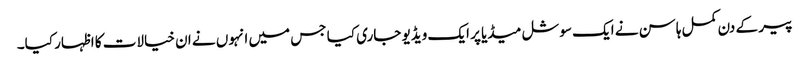
پیر کے دن کمل ہاسن نے ایک سوشل میڈیا پر ایک ویڈیو جاری کیا جس میں انہوں نے ان خیالات کا اظہار کیا۔